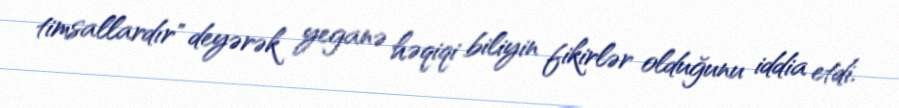
timsallardır" deyərək yeganə həqiqi biliyin fikirlər olduğunu iddia etdi.